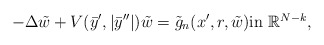
\begin{align*}-\Delta \tilde{w} + V(\bar{y}',|\bar{y}''|)\tilde{w} = \tilde{g}_n(x',r, \tilde{w}) \mbox{in $\mathbb{R}^{N-k}$,}\end{align*}